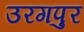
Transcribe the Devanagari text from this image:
उरगपुर